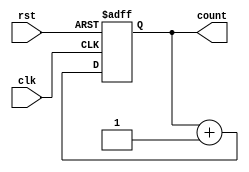
module counter(
    input wire clk, 
    input wire rst, 
    output reg [7:0] count
    );

    always @(posedge clk or posedge rst)
    begin
        if(rst)
            count <= 8'b0;
        else
            count <= count + 1;
    end

endmodule